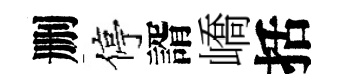
删停諝嶠括